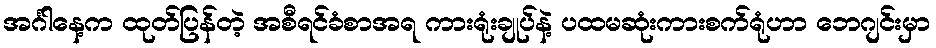
အင်္ဂါနေ့က ထုတ်ပြန်တဲ့ အစီရင်ခံစာအရ ကားရုံးချုပ်နဲ့ ပထမဆုံးကားစက်ရုံဟာ ဘေဂျင်းမှာ